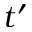
t ^ { \prime }